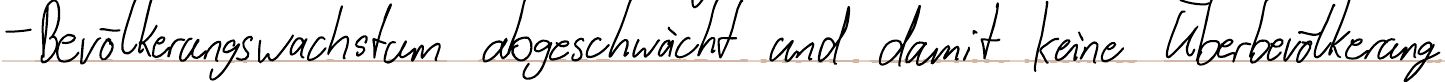
- Bevölkerungswachstum abgeschwächt und damit keine Überbevölkerung